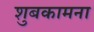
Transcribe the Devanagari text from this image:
शुबकामना